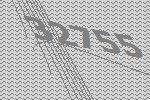
32755